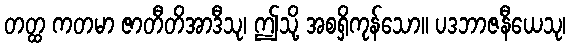
တတ္ထ ကတမာ ဇာတီတိအာဒီသု၊ ဤသို့ အစရှိကုန်သော။ ပဒဘာဇနီယေသု၊